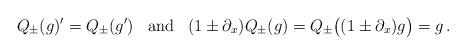
LaTeX: \begin{align*}Q_\pm(g)'=Q_\pm(g')\;\;\;\mbox{and}\;\;\;(1\pm\partial_x)Q_\pm(g)=Q_{\pm}\big((1\pm\partial_x) g\big)=g\,.\end{align*}